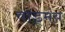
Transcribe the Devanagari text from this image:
वाड्मंय